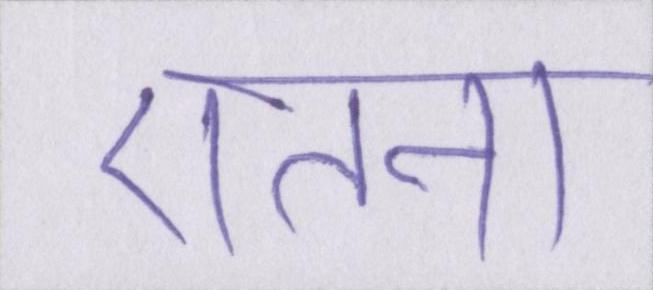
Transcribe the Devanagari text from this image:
एतना